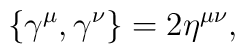
\{ \gamma^\mu , \gamma^\nu \} = 2 \eta^{\mu \nu}, \nonumber